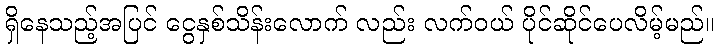
ရှိနေသည့်အပြင် ငွေနှစ်သိန်းလောက် လည်း လက်ဝယ် ပိုင်ဆိုင်ပေလိမ့်မည်။